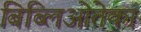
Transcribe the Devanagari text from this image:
बिब्लिओतेका